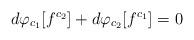
LaTeX: \begin{align*}d \varphi_{c_{1}}[f^{c_{2}}] + d \varphi_{c_{2}}[f^{c_{1}}] = 0\end{align*}